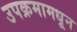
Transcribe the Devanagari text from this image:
उपक्रमामधून